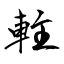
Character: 軴